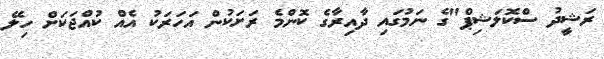
ރަޝީދު ސްކޮލަޝިޕް"ގެ ނަމުގައި ދާއިރާގެ ކޮންމެ ރަށަކުން އަހަރަކު އެއް ކުއްޖަކަށް ހިލޭ